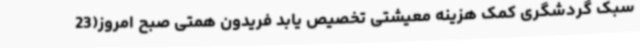
سبک گردشگری کمک هزینه معیشتی تخصیص یابد فریدون همتی صبح امروز(23